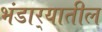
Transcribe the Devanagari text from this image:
भंडार्‍यातील